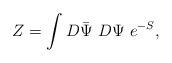
LaTeX: \begin{align*}Z = \int D\bar{\Psi}~D\Psi ~e^{-S}, \end{align*}